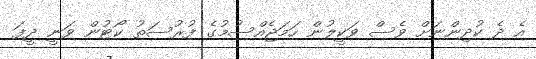
އެ ދެ ކުދިންނަށް ވެސް ވަކީލުން ހަމަޖެއްސުމުގެ ފުރުސަތު ކޯޓުން ވަނީ ދީފަ